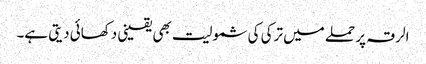
الرقہ پر حملے میں ترکی کی شمولیت بھی یقینی دکھائی دیتی ہے۔